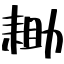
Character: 耡